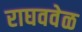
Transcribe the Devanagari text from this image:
राघववेळ